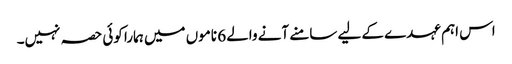
اس اہم عہدے کے لیے سامنے آنے والے 6 ناموں میں ہمارا کوئی حصہ نہیں۔